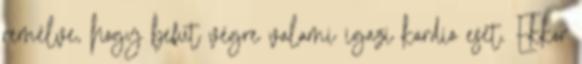
remélve, hogy befut végre valami igazi kardio eset. Ekkor